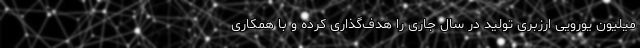
میلیون یورویی ارزبری تولید در سال جاری را هدف‌گذاری کرده و با همکاری